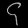
Digit: ၄